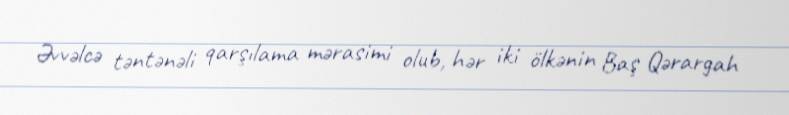
Əvvəlcə təntənəli qarşılama mərasimi olub, hər iki ölkənin Baş Qərargah